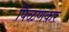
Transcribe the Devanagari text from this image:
पिळणकर